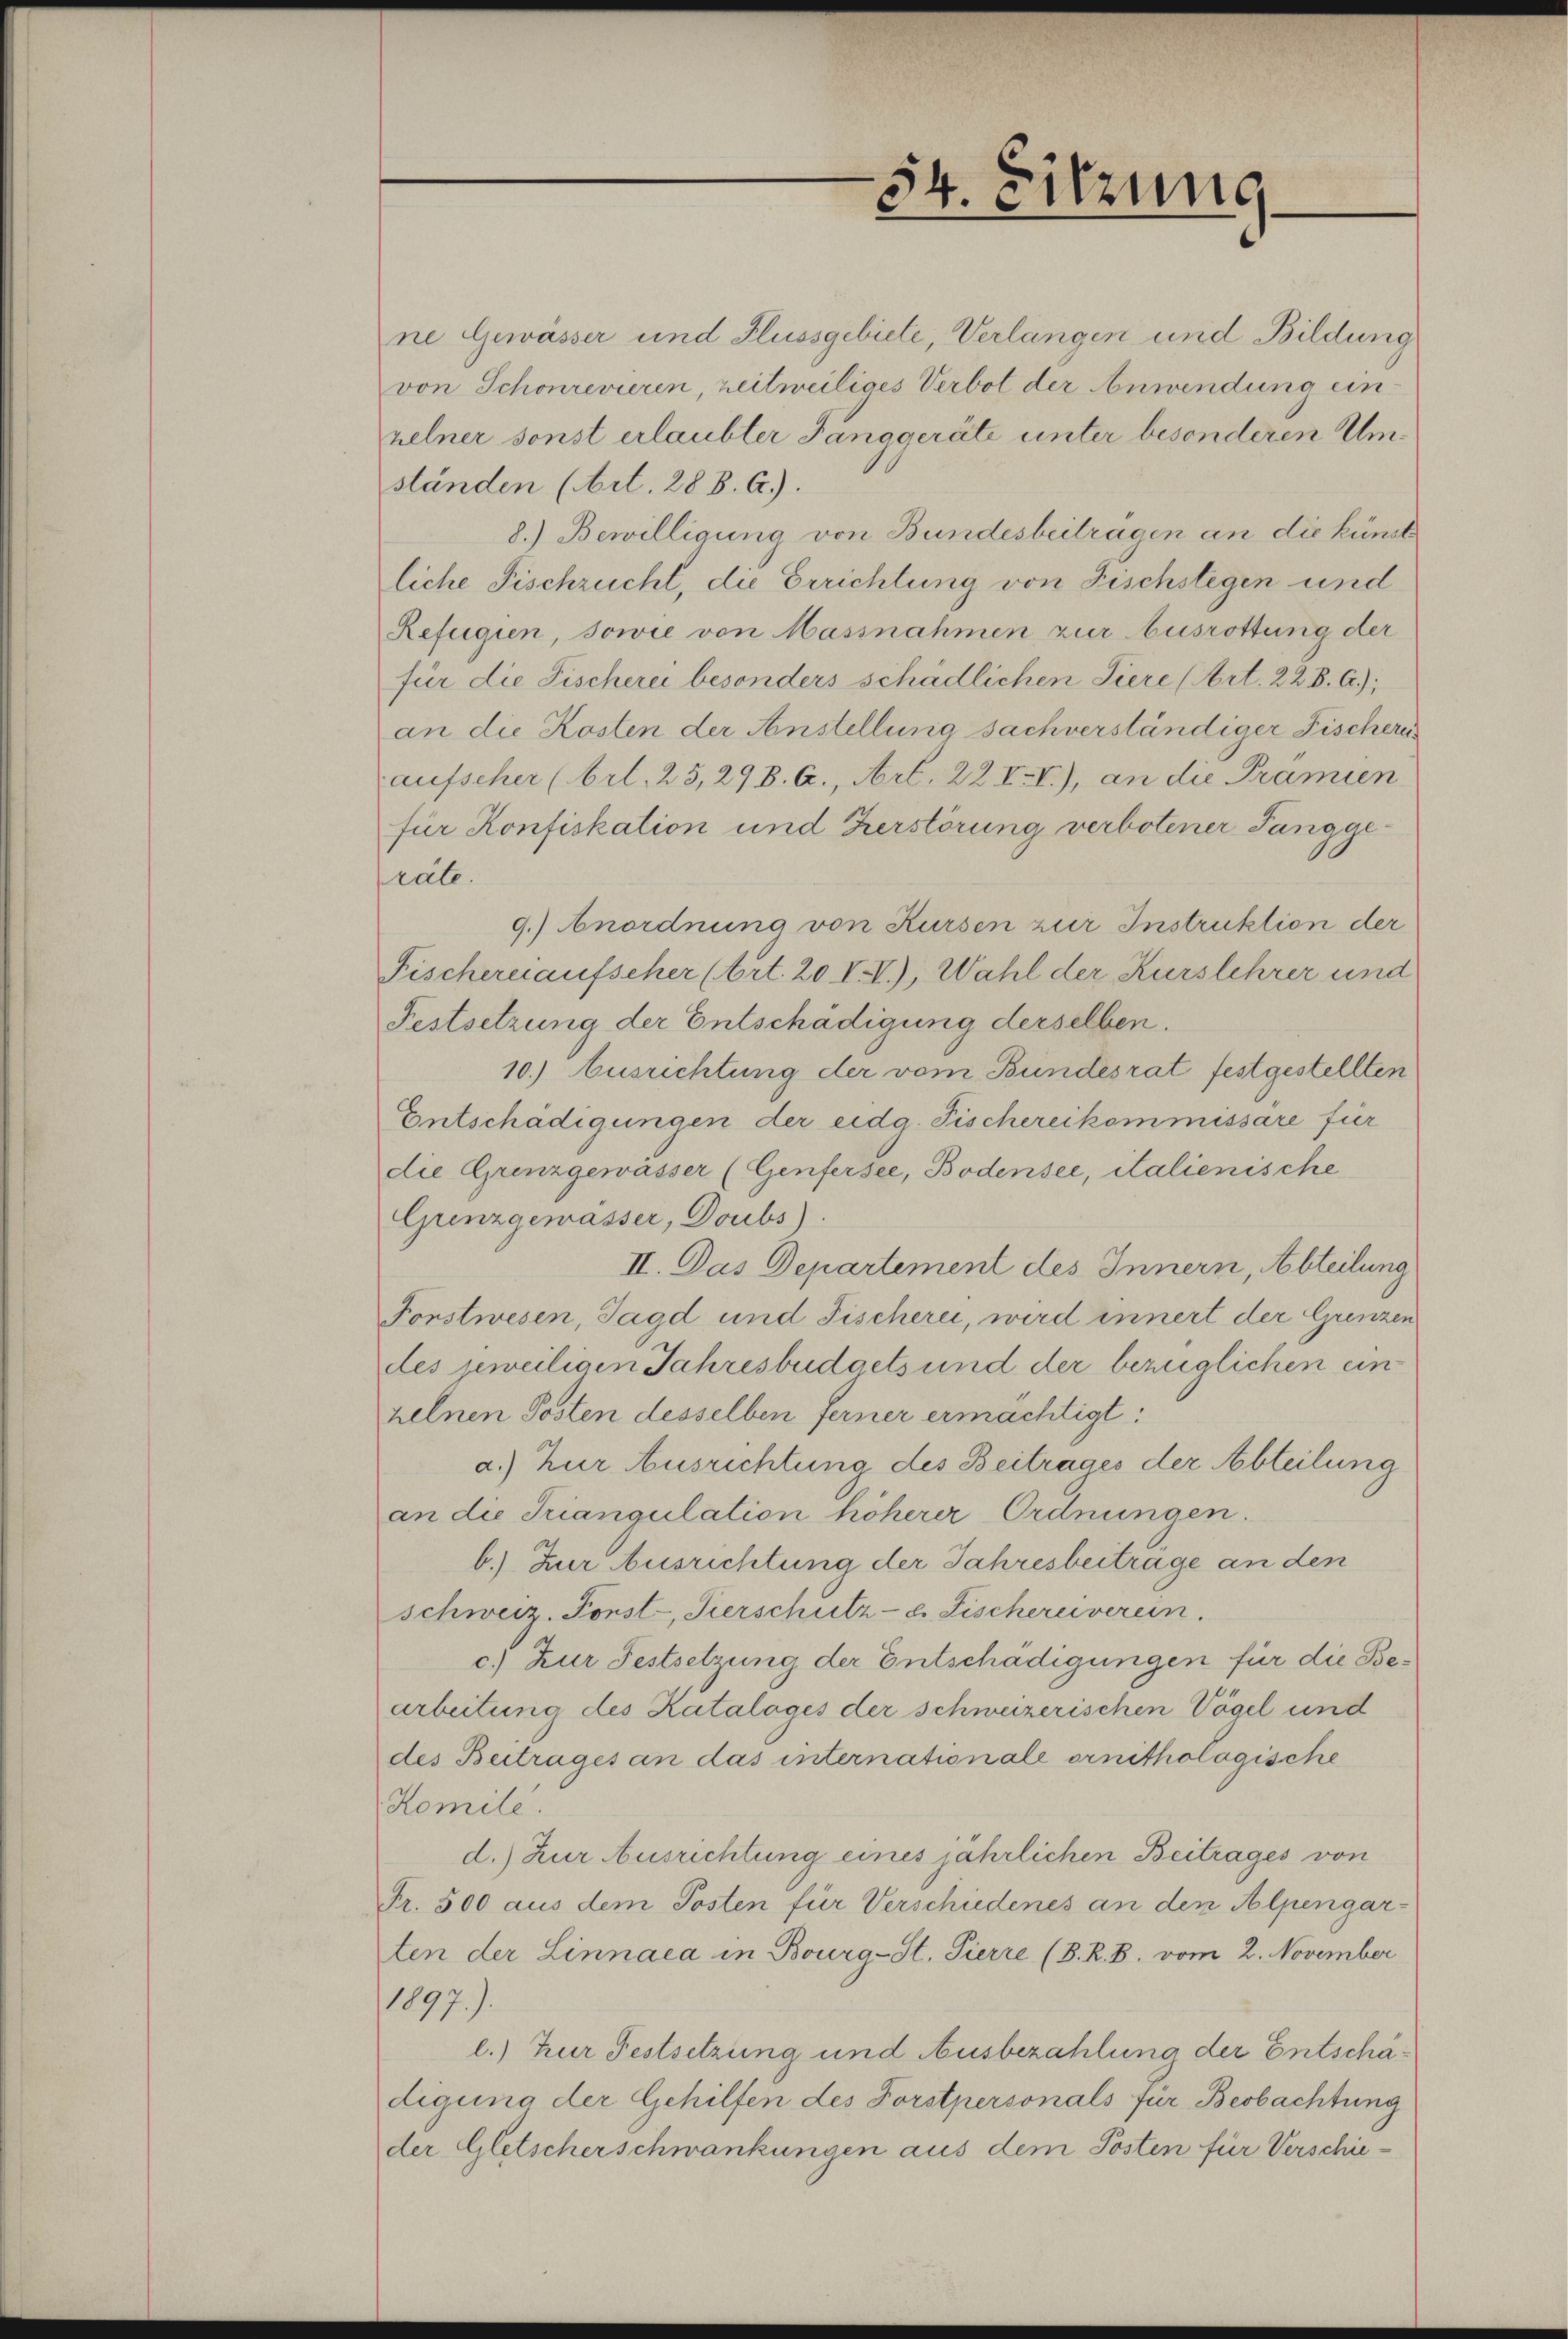
54
Sitzung

ne Gewässer und Flussgebiete, Verlängen und Bildung
von Schonrevieren, zeitweiliges Verbot der Anwendung einzelner sonst erlaubter Tanggeräte unter besonderen Umständen (Art. 288. C.).
8.) Bewilligung von Bundesbeitragen an die künst
liche Fischrucht, die Errichtung von Fischstegen und
Refugien, sowie von Massnahmen zur Ausrottung der
für die Fischerei besonders schädlichen Tiere (Art. 22 B. C.);
an die Kosten der Anstellung sachverständiger Fischeriaufscher (Art. 25, 298. C., Art. 22 V.V.), an die Prämien
für Konfiskation und Zerstörung verbotener Tanggeräte.
9.) Anordnung von Kursen zur Instruktion der
Fischernaufscher (Art. 20 VV.), Wahl der Kurslehrer und
Festsetzung der Entschädigung derselben.
10.) Ausrichtung der vom Bundesrat festgestellten
Entschädigungen der eidg. Fischereikommissare für
die Grenzgewässer (Genfersee, Bodensee, Salienische
Grenzgemässer, Doubs).
II. Das Departement des Innern, Abteilung
Forstwesen, Jagd und Fischerei, wird innert der Grenzen
des jeweiligen Jahresbudgets und der bezüglichen ein
zelnen Posten desselben ferner ermächtigt:
a.) Zur Ausrichtung des Beitrages der Abteilung
an die Triangulation höherer Ordnungen.
b.) Zur Ausrichtung der Jahresbeitrage an den
schweiz. Forst-, Kierschutz- u. Fischereiverein
c.) Zur Festsetzung der Entschädigungen für die Bearbeitung des Katalages der schweizerischen Vögel und
des Beitrages an das internationale ornithologische
Komite.
d.) Zur Ausrichtung eines jährlichen Beitrages von
Fr. 500 aus dem Posten für Verschiedenes an den Alpengarten der Linnaca in Bourg-St. Pierre (B. R. B. vom 2. November
1897.)
l.) Zur Festsetzung und Ausbezahlung der Entschädigung der Gehilfen des Forstpersonals für Beobachtung
der Gletscherschwankungen aus dem Posten für Verschie-